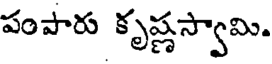
పంపారు కృష్ణస్వామి.